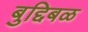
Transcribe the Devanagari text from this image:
बुद्दिबळ